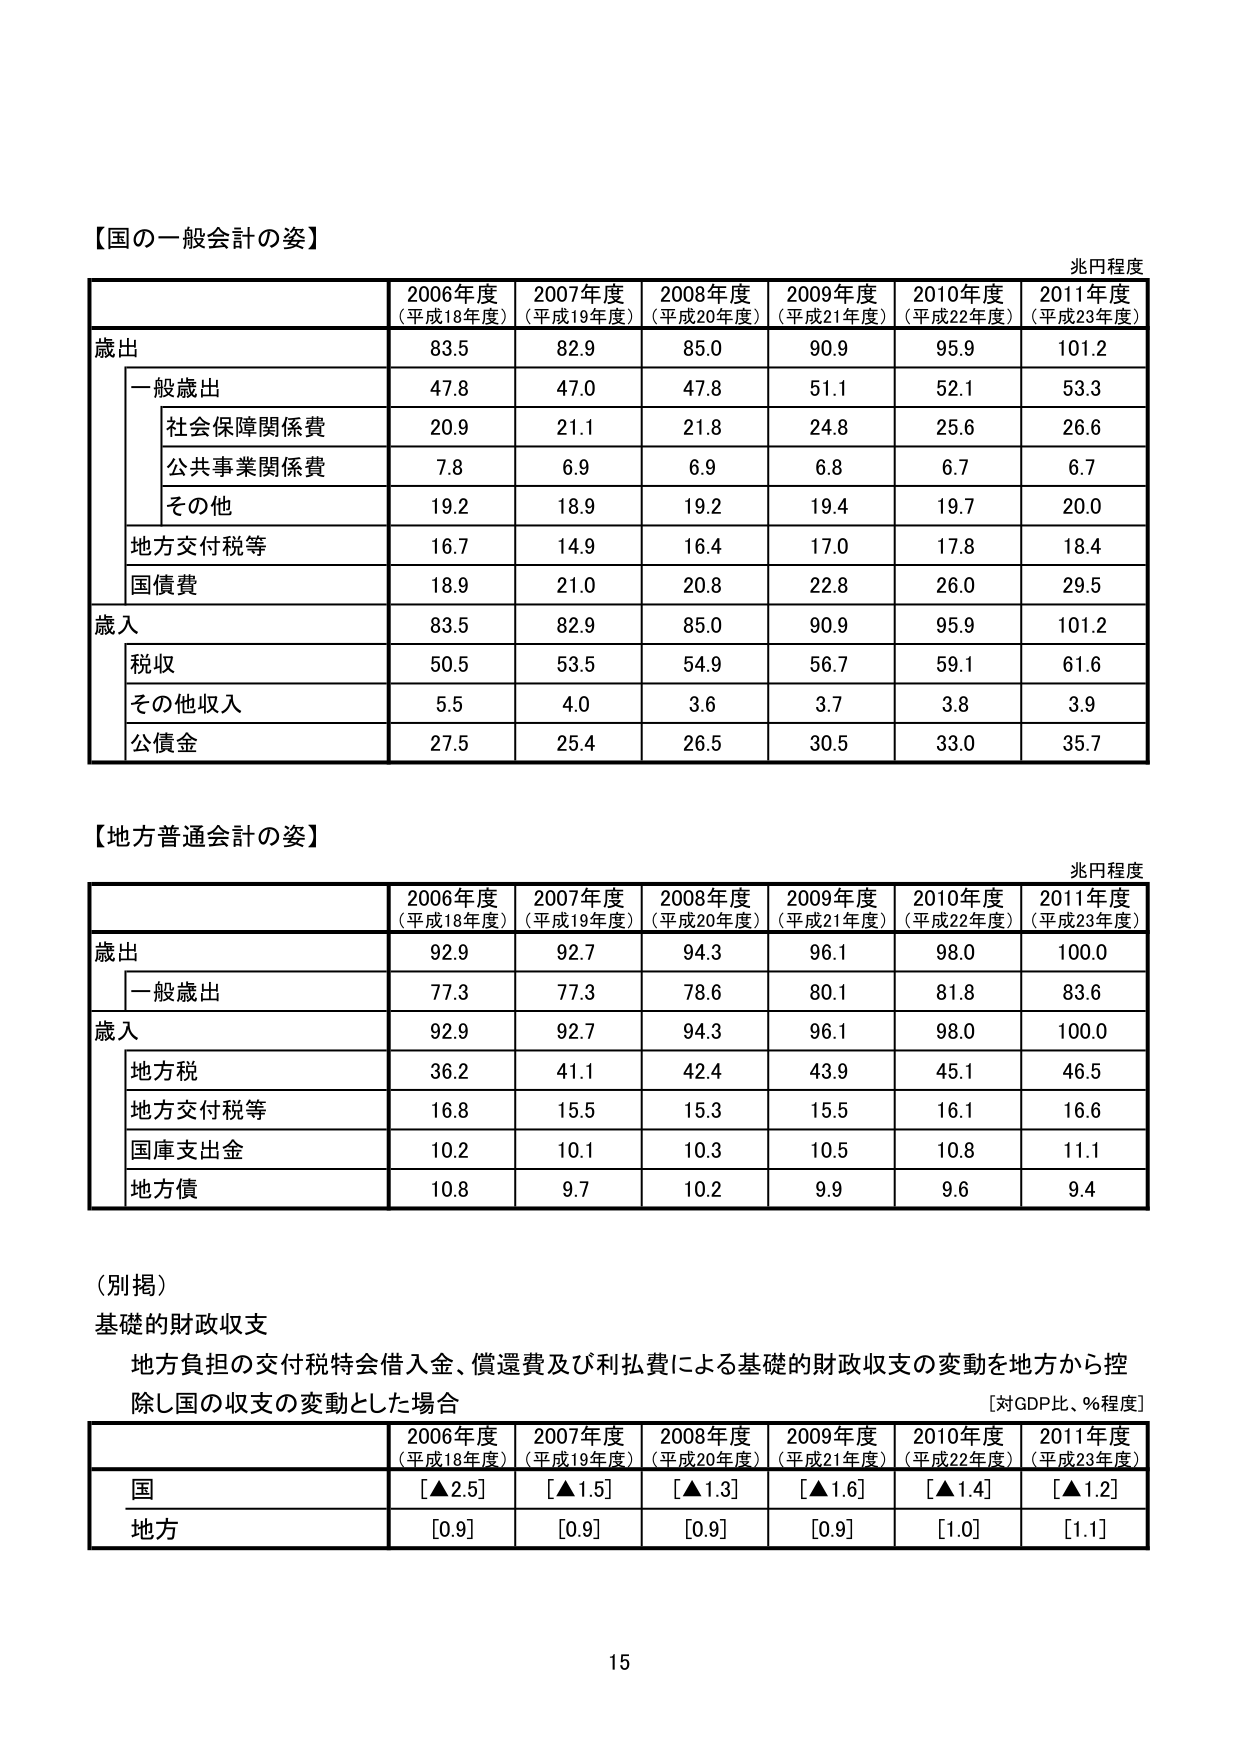
【国の一 般会計の姿】
兆円程度
2006年度
(平成18年度)
2007年度
(平成19年度)
2008年度
(平成20年度)
2009年度
(平成21年度)
2010年度
(平成22年度)
2011年度
(平成23年度)
歳出
83.5
82.9
85.0
90.9
95.9
101.2
一般歳出
47.8
47.0
47.8
51.1
52.1
53.3
社会保障関係費
20.9
21.1
21.8
24.8
25.6
26.6
公共事業関係費
7.8
6.9
6.9
6.8
6.7
6.7
その他
19.2
18.9
19.2
19.4
19.7
20.0
地方交付税等
16.7
14.9
16.4
17.0
17.8
18.4
国債費
18.9
21.0
20.8
22.8
26.0
29.5
歳入
83.5
82.9
85.0
90.9
95.9
101.2
税収
50.5
53.5
54.9
56.7
59.1
61.6
その他収入
5.5
4.0
3.6
3.7
3.8
3.9
公債金
27.5
25.4
26.5
30.5
33.0
35.7
【地方普通会計の姿】
兆円程度
2006年度
(平成18年度)
2007年度
(平成19年度)
2008年度
(平成20年度)
2009年度
(平成21年度)
2010年度
(平成22年度)
2011年度
(平成23年度)
歳出
92.9
92.7
94.3
96.1
98.0
100.0
一般歳出
77.3
77.3
78.6
80.1
81.8
83.6
歳入
92.9
92.7
94.3
96.1
98.0
100.0
地方税
36.2
41.1
42.4
43.9
45.1
46.5
地方交付税等
16.8
15.5
15.3
15.5
16.1
16.6
国庫支出金
10.2
10.1
10.3
10.5
10.8
11.1
地方債
10.8
9.7
10.2
9.9
9.6
9.4
(別掲)
基礎的財政収支
地方負担の交付税特会借入金、償還費及び利払費による基礎的財政収支の変動を地方から控除し国の収支の変動とした場合
[対GDP比、%程度]
2006年度
(平成18年度)
2007年度
(平成19年度)
2008年度
(平成20年度)
2009年度
(平成21年度)
2010年度
(平成22年度)
2011年度
(平成23年度)
国
[▲2.5]
[▲1.5]
[▲1.3]
[▲1.6]
[▲1.4]
[▲1.2]
地方
[0.9]
[0.9]
[0.9]
[0.9]
[1.0]
[1.1]
15